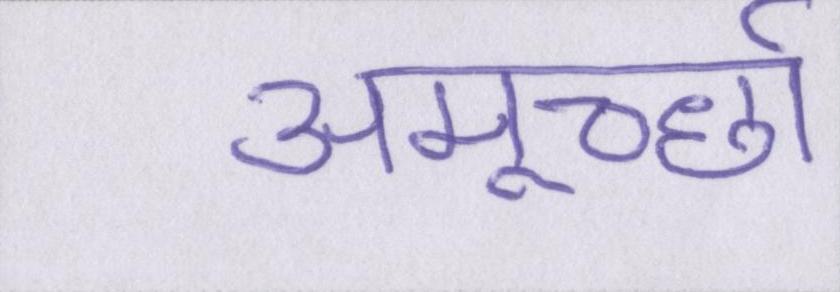
अमूर्च्छा